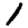
Digit: 1